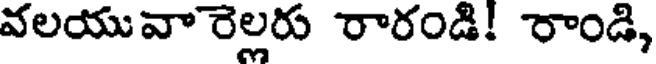
వలయువా రెల్లరు రారండి! రాండి,